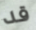
قد